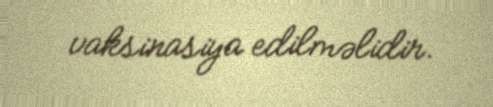
vaksinasiya edilməlidir.